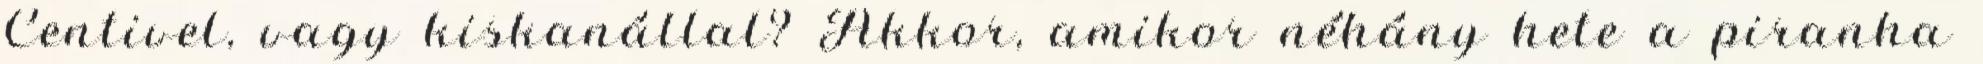
Centivel, vagy kiskanállal? Akkor, amikor néhány hete a piranha